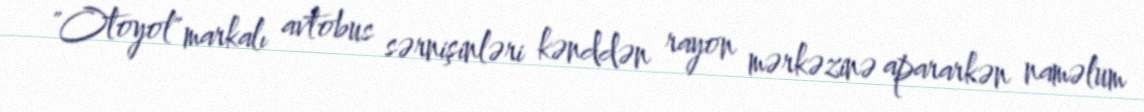
"Otoyol" markalı avtobus sərnişinləri kənddən rayon mərkəzinə apararkən naməlum